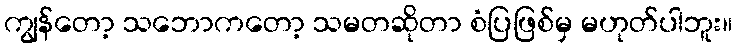
ကျွန်တော့ သဘောကတော့ သမတဆိုတာ စံပြဖြစ်မှ မဟုတ်ပါဘူး။